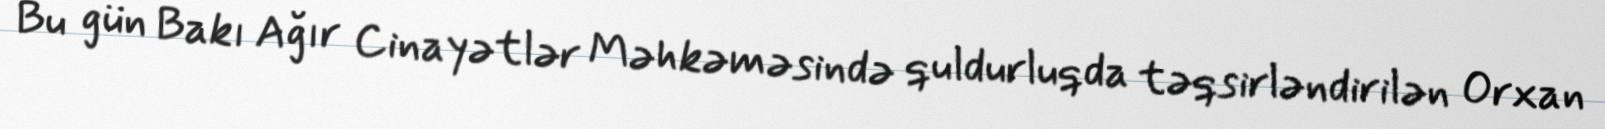
Bu gün Bakı Ağır Cinayətlər Məhkəməsində quldurluqda təqsirləndirilən Orxan